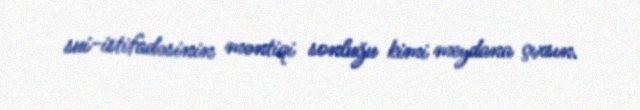
sui-istifadəsinin məntiqi sonluğu kimi meydana çıxsın.